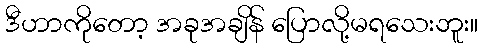
ဒီဟာကိုတော့ အခုအချိန် ပြောလို့မရသေးဘူး။